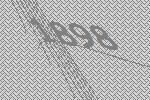
1898